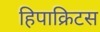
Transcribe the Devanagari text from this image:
हिपाक्रिटस